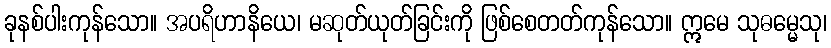
ခုနစ်ပါးကုန်သော။ အပရိဟာနိယေ၊ မဆုတ်ယုတ်ခြင်းကို ဖြစ်စေတတ်ကုန်သော။ ဣမေ သုဓမ္မေသု၊